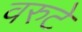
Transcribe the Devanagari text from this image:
वरुटे